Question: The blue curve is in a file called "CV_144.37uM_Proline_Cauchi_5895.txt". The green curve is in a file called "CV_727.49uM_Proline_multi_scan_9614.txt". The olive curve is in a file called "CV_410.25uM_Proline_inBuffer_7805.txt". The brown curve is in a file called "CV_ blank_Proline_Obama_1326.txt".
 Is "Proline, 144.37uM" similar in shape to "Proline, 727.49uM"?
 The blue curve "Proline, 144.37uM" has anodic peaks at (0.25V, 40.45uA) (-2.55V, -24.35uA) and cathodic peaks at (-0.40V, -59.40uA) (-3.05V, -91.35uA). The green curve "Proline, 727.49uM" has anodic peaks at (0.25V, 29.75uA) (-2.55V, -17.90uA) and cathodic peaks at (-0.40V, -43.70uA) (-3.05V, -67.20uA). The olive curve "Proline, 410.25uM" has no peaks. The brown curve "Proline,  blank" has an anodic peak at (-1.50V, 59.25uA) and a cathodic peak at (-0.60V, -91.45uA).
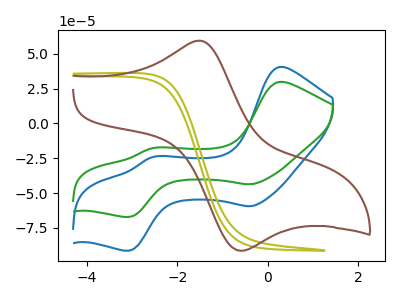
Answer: <think>All the peaks in "Proline, 144.37uM" have a peak in "Proline, 727.49uM" at the same potential.
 </think>
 <answer>"Proline, 144.37uM" and "Proline, 727.49uM" are similar in shape.</answer>
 <eval>same_shape</eval>